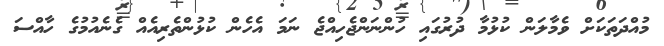
މުއްދަތަކަށް ވެމާލަން ކުޅުމާ ދުރުގައި ހުންނަންޖެހިއްޖެ ނަމަ އެހެން ކުޅުންތެރިއެއް ގެނެއުމުގެ ހާއްސަ